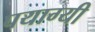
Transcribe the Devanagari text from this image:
पयाग्यी